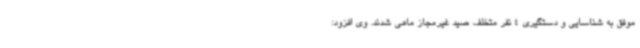
موفق به شناسایی و دستگیری 4 نفر متخلف صید غیرمجاز ماهی شدند. وی افزود: